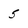
Character: 5